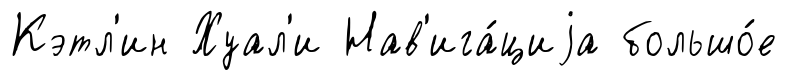
Кэтл'ин Хуал'и Нав'ига́циjа большо́е